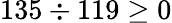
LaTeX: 135\div 119\geq 0